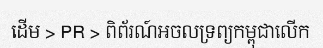
ដើម > PR > ពិព័រណ៍អចលទ្រព្យកម្ពុជាលើក